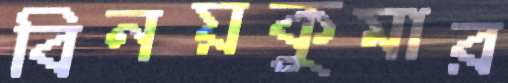
বিনয়কুমার